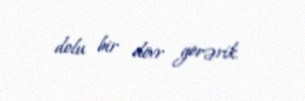
dolu bir dövr görərik.